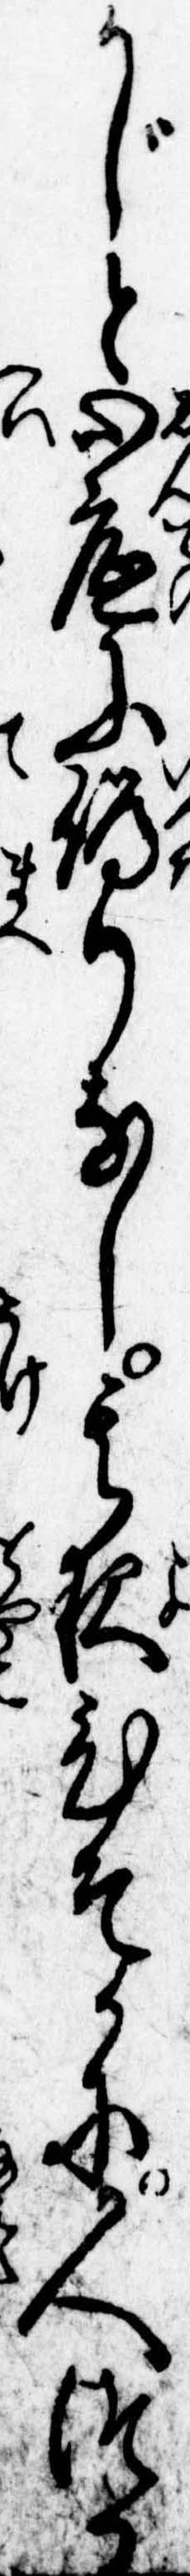
かじと心底に偽りなし其夜ひそかに人つか